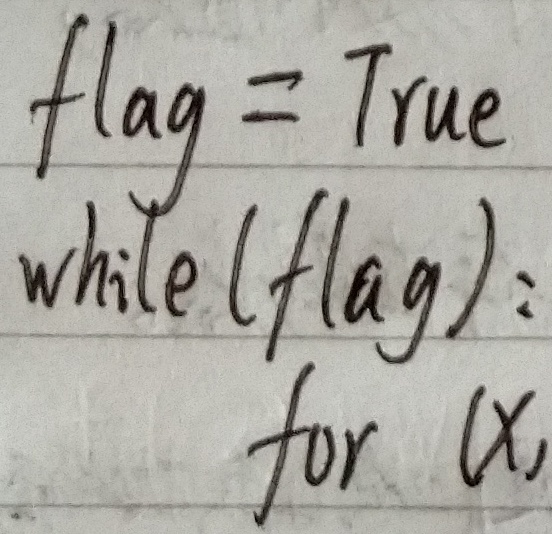
flag = True
while (flag):
    for $\alpha$